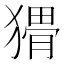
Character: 𱮚